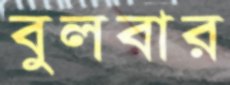
বুলবার